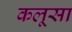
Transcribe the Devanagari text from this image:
कलूसा